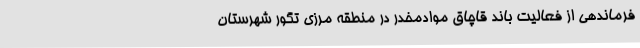
فرماندهی از فعالیت باند قاچاق موادمخدر در منطقه مرزی تگور شهرستان